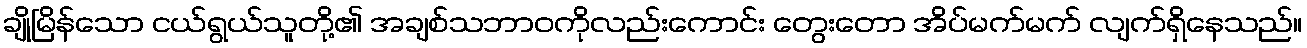
ချိုမြိန်သော ငယ်ရွယ်သူတို့၏ အချစ်သဘာဝကိုလည်းကောင်း တွေးတော အိပ်မက်မက် လျက်ရှိနေသည်။